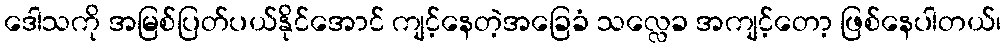
ဒေါသကို အမြစ်ပြတ်ပယ်နိုင်အောင် ကျင့်နေတဲ့အခြေခံ သလ္လေခ အကျင့်တော့ ဖြစ်နေပါတယ်၊